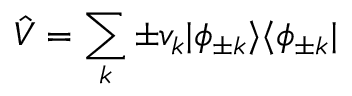
\hat { V } = \sum _ { k } \pm v _ { k } | \phi _ { \pm k } \rangle \langle \phi _ { \pm k } |